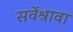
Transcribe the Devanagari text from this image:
सर्वेश्रावा